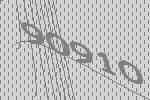
90910